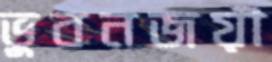
ভুবনজয়ী